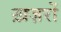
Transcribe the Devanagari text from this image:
ख़ज़रों